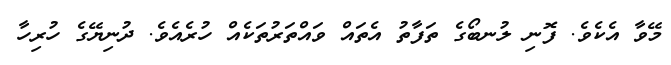
މޭވާ އެކެވެ. ފޮނި ލުނބޯގެ ތަފާތު އެތައް ވައްތަރުތަކެއް ހުރެއެވެ. ދުނިޔޭގެ ހުރިހާ